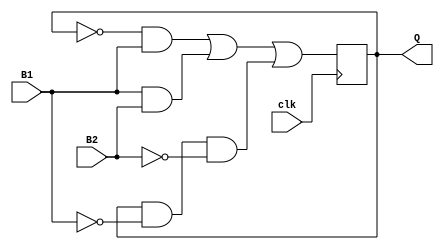
`timescale 1ns/1ns
//cd UnderTheHood/200889/Assignment1
module flipflop(input B1, B2, clk, output reg Q);
    initial begin 
         Q=0;
    end

    always@(posedge clk) begin
        Q=(~Q & B1) | (B1 & B2) | (Q & ~B1 & ~B2);
    end
endmodule

module tb;
    reg B1=0;   
    reg B2=0;   
    reg clk=0;
    wire Q;
    flipflop flip(B1, B2, clk, Q);
    always begin
        clk=~clk;
        #10;
    end
    initial begin
        $dumpfile("Task2.vcd");
        $dumpvars(0,tb);
        B1=0;   B2=1; 
        $monitor("B1=%b B2=%b Q=%b",B1,B2,Q); 
        #20;
        B1=1;   B2=0;  
        #20;
        B1=1;   B2=1;   
        #20;
        B1=0;   B2=0;  
        #20;
        $finish;
    end
endmodule